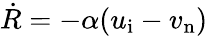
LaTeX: \dot{R}=-\alpha(u_{\mathrm{i}}-v_{\mathrm{n}})